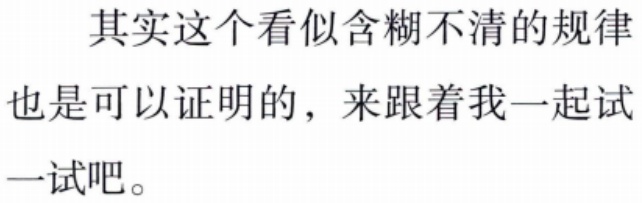
其实这个看似含糊不清的规律也是可以证明的，来跟着我一起试一试吧。